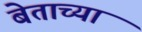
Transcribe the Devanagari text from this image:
बेताच्या